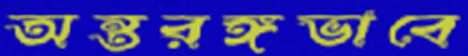
অন্তরঙ্গভাবে